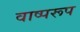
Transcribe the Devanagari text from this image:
वाष्परूप